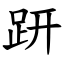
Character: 趼